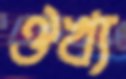
ঔখ্য